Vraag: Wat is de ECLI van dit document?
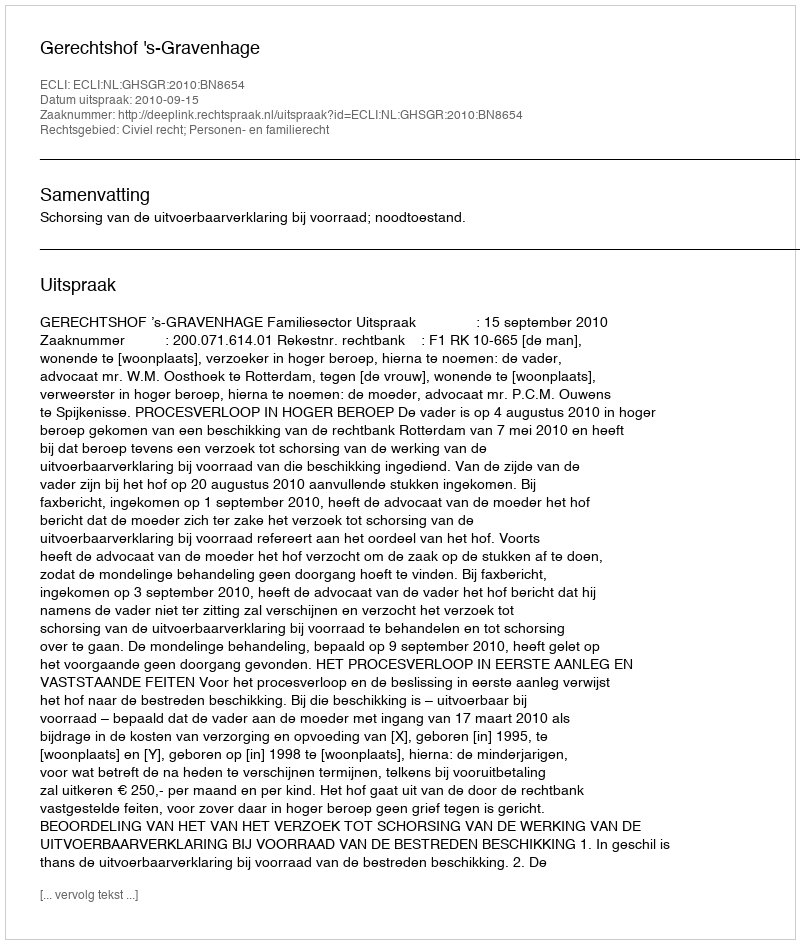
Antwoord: ECLI:NL:GHSGR:2010:BN8654